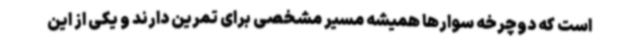
است که دوچرخه سوارها همیشه مسیر مشخصی برای تمرین دارند و یکی از این